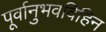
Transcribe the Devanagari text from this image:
पूर्वानुभवविहिन